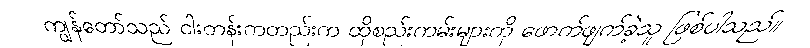
ကျွန်တော်သည် ငါးတန်းကတည်းက ထိုစည်းကမ်းများကို ဖောက်ဖျက်ခဲ့သူ ဖြစ်ပါသည်။